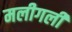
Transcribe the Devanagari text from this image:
मलीगली